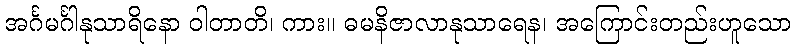
အင်္ဂမင်္ဂါနုသာရိနော ဝါတာတိ၊ ကား။ ဓမနိဇာလာနုသာရေန၊ အကြောင်းတည်းဟူသော